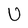
Character: U